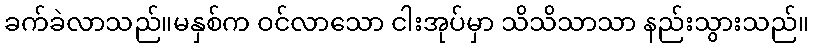
ခက်ခဲလာသည်။မနှစ်က ဝင်လာသော ငါးအုပ်မှာ သိသိသာသာ နည်းသွားသည်။